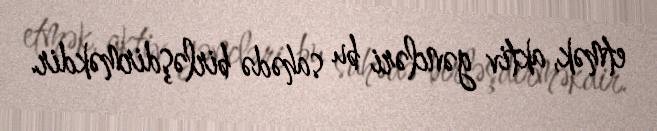
etmək, aktiv gəncləri bu sahədə birləşdirməkdir.